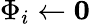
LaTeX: {\Phi_{i}}\gets\mathbf{0}